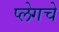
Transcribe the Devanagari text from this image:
प्लेगचे